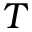
T